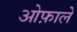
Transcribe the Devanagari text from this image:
ओफ़ाले